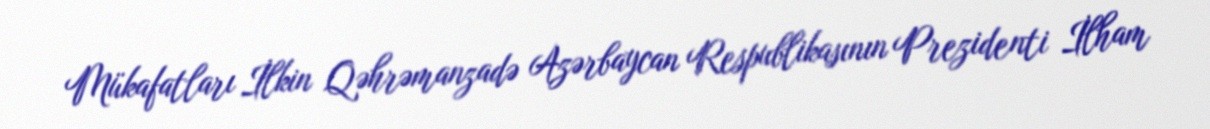
Mükafatları İlkin Qəhrəmanzadə Azərbaycan Respublikasının Prezidenti İlham